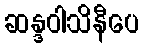
ဆန္ဒဝါသိနီပေ